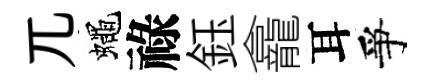
兀蠅祿鈺龕耳爭